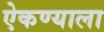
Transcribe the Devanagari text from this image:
ऐकण्याला